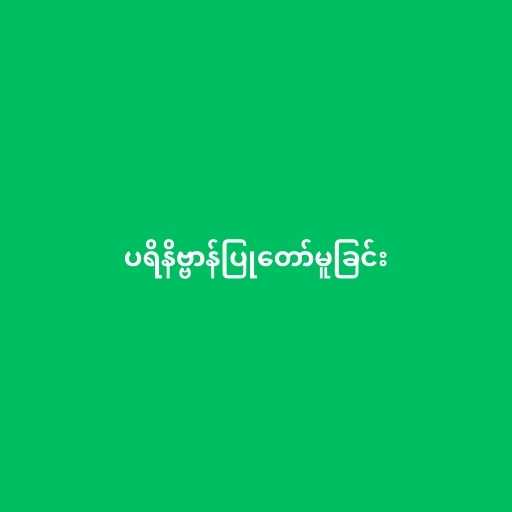
ပရိနိဗ္ဗာန်ပြုတော်မူခြင်း